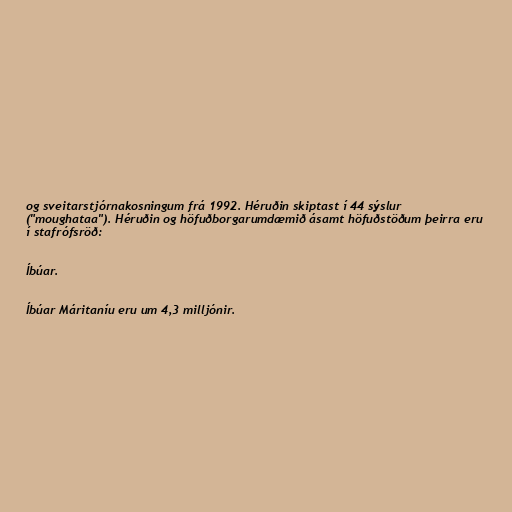
og sveitarstjórnakosningum frá 1992. Héruðin skiptast í 44 sýslur
("moughataa"). Héruðin og höfuðborgarumdæmið ásamt höfuðstöðum þeirra eru
í stafrófsröð:

Íbúar.

Íbúar Máritaníu eru um 4,3 milljónir.